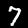
Digit: 7